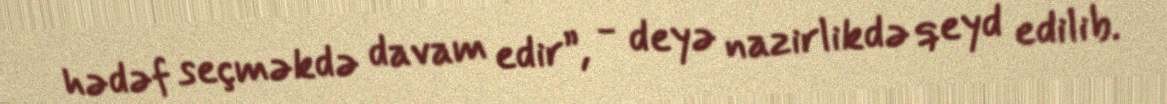
hədəf seçməkdə davam edir”, - deyə nazirlikdə qeyd edilib.